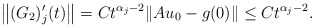
\begin{align*} \left\|(G_2)_j'(t)\right\| = C t^{\alpha_j-2} \|Au_0 - g(0)\| \leq Ct^{\alpha_j-2}. \end{align*}